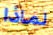
لماذا